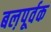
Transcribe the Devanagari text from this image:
बल़पूर्वक